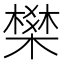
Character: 𭫽